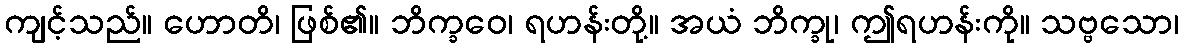
ကျင့်သည်။ ဟောတိ၊ ဖြစ်၏။ ဘိက္ခဝေ၊ ရဟန်းတို့။ အယံ ဘိက္ခု၊ ဤရဟန်းကို။ သဗ္ဗသော၊